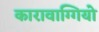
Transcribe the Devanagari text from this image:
कारावाग्गियो